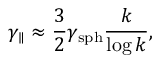
\gamma _ { \parallel } \approx \frac { 3 } { 2 } \gamma _ { \mathrm { s p h } } \frac { k } { \log k } ,